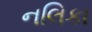
નલિકા